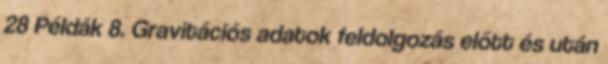
28 Példák 8. Gravitációs adatok feldolgozás előtt és után